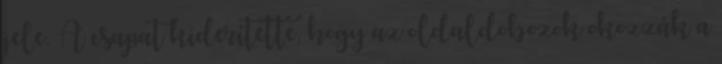
jele. A csapat kiderítette, hogy az oldaldobozok okozzák a